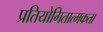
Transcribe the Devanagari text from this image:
प्रतियोगितात्मकता